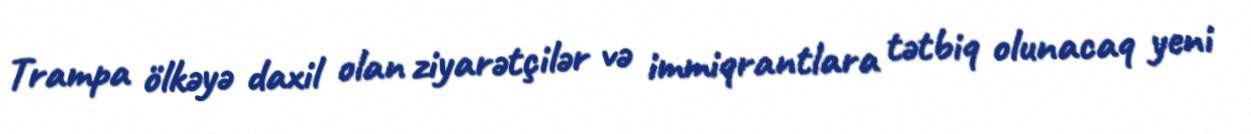
Trampa ölkəyə daxil olan ziyarətçilər və immiqrantlara tətbiq olunacaq yeni